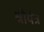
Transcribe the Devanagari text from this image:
श्रोयंत्र